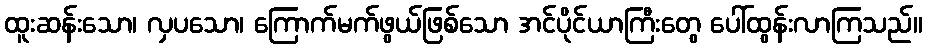
ထူးဆန်းသော၊ လှပသော၊ ကြောက်မက်ဖွယ်ဖြစ်သော အင်ပိုင်ယာကြီးတွေ ပေါ်ထွန်းလာကြသည်။